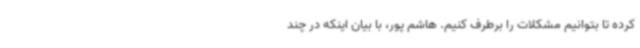
کرده تا بتوانیم مشکلات را برطرف کنیم. هاشم پور، با بیان اینکه در چند